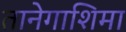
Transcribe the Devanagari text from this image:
तानेगाशिमा